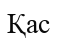
Қас